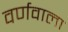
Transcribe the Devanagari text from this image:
वर्णवाला